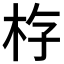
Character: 𪱿